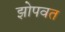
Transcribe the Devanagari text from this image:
झोपवत